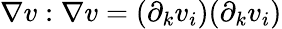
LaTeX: \nabla v:\nabla v=(\partial_{k}v_{i})(\partial_{k}v_{i})